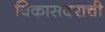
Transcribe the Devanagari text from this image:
विकासदराची